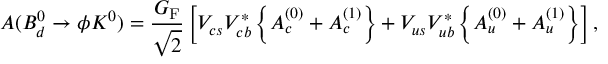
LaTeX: A ( B _ { d } ^ { 0 } \to \phi K ^ { 0 } ) = \frac { G _ { \mathrm { F } } } { \sqrt { 2 } } \left[ V _ { c s } V _ { c b } ^ { \ast } \left\{ { \cal A } _ { c } ^ { ( 0 ) } + { \cal A } _ { c } ^ { ( 1 ) } \right\} + V _ { u s } V _ { u b } ^ { \ast } \left\{ { \cal A } _ { u } ^ { ( 0 ) } + { \cal A } _ { u } ^ { ( 1 ) } \right\} \right] ,